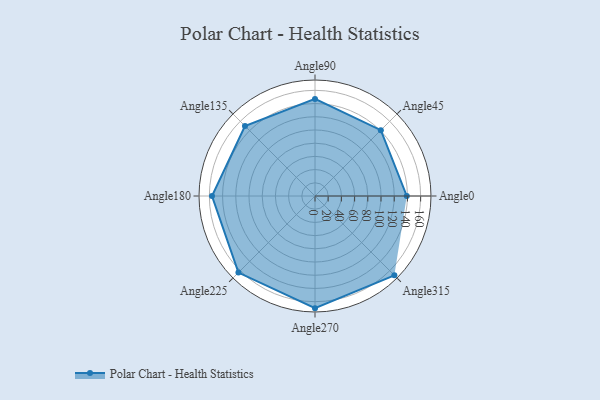
{"axis": {"x": "Angle", "y": "Radius"}, "legend": [""], "data": [{"x": "Angle0", "y": 139.0, "type": ""}, {"x": "Angle45", "y": 141.0, "type": ""}, {"x": "Angle90", "y": 147.0, "type": ""}, {"x": "Angle135", "y": 150.0, "type": ""}, {"x": "Angle180", "y": 156.0, "type": ""}, {"x": "Angle225", "y": 164.0, "type": ""}, {"x": "Angle270", "y": 170, "type": ""}, {"x": "Angle315", "y": 170, "type": ""}]}